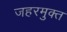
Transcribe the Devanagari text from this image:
जहरमुक्त